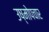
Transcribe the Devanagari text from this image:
उष्मोपचार